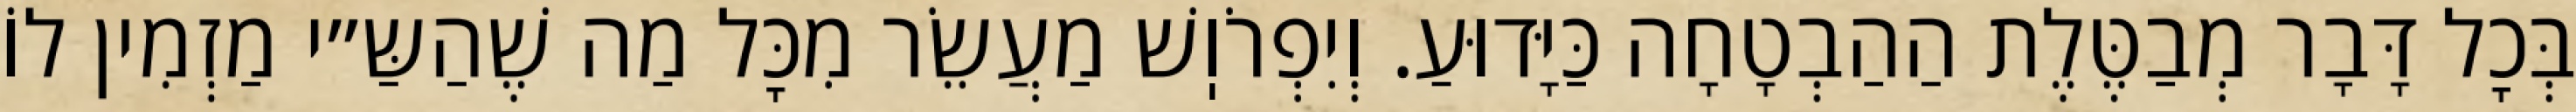
בְּכׇל דָּבָר מְבַטֶּלֶת הַהַבְטָחָה כַּיָּדוּעַ. וְיִפְרֹוֽשׁ מַעֲשֵׂר מִכׇּל מַה שֶׁהַשַּ״י מַזְמִין לוֹ